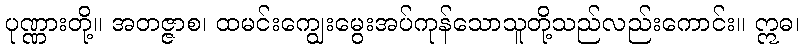
ပုဏ္ဏားတို့။ အတဇ္ဇာစ၊ ထမင်းကျွေးမွေးအပ်ကုန်သောသူတို့သည်လည်းကောင်း။ ဣဓ၊